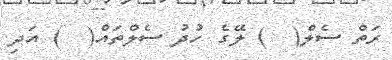
ރަތް ސެލް(  ) ލޭގެ ހުދު ސެލްތައް(  ) އަދި